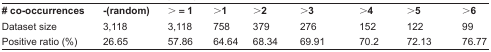
<table><thead><tr><td><b># co-occurrences</b></td><td><b>-(random)</b></td><td><b>&gt; = 1</b></td><td><b>&gt;1</b></td><td><b>&gt; 2</b></td><td><b>&gt; 3</b></td><td><b>&gt; 4</b></td><td><b>&gt; 5</b></td><td><b>&gt; 6</b></td></tr></thead><tbody><tr><td>Dataset size</td><td>3,118</td><td>3,118</td><td>758</td><td>379</td><td>276</td><td>152</td><td>122</td><td>99</td></tr><tr><td>Positive ratio (%)</td><td>26.65</td><td>57.86</td><td>64.64</td><td>68.34</td><td>69.91</td><td>70.2</td><td>72.13</td><td>76.77</td></tr></tbody></table>